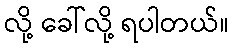
လို့ ခေါ်လို့ ရပါတယ်။